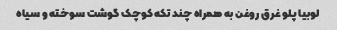
لوبیا پلو غرق روغن به همراه چند تکه کوچک گوشت سوخته و سیاه